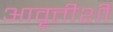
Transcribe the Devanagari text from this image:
आवृत्तीशी